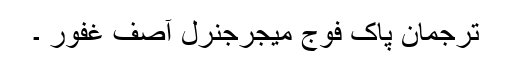
ترجمان پاک فوج میجرجنرل آصف غفور ۔